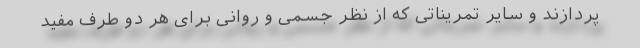
‌پردازند و سایر تمریناتی که از نظر جسمی و روانی برای هر دو طرف مفید